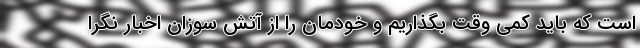
است که باید کمی وقت بگذاریم و خودمان را از آتشِ سوزانِ اخبار نگرا